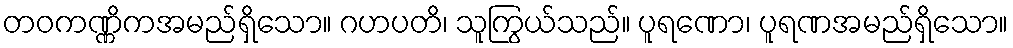
တဝကဏ္ဏိကအမည်ရှိသော။ ဂဟပတိ၊ သူကြွယ်သည်။ ပူရဏော၊ ပူရဏအမည်ရှိသော။